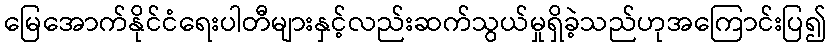
မြေအောက်နိုင်ငံရေးပါတီများနှင့်လည်းဆက်သွယ်မှုရှိခဲ့သည်ဟုအကြောင်းပြ၍